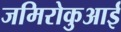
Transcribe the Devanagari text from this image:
जमिरोकुआई